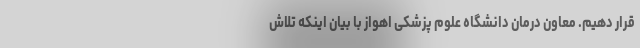
قرار دهیم. معاون درمان دانشگاه علوم پزشکی اهواز با بیان اینکه تلاش